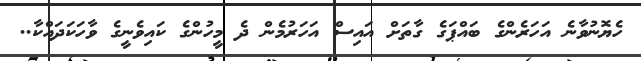
ހެޔޮނުވާނެ އަހަރެންގެ ބައްޕަގެ ގާތަށް އައިސް އަހަރުމެން ދެ މީހުންގެ ކައިވެނީގެ ވާހަކަދައްކާ..